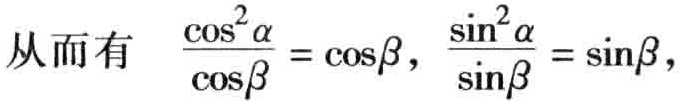
从而有 \(\frac{\cos^{2}\alpha}{\cos\beta} = \cos\beta\)，\(\frac{\sin^{2}\alpha}{\sin\beta} = \sin\beta\)，